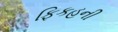
ફિકહની